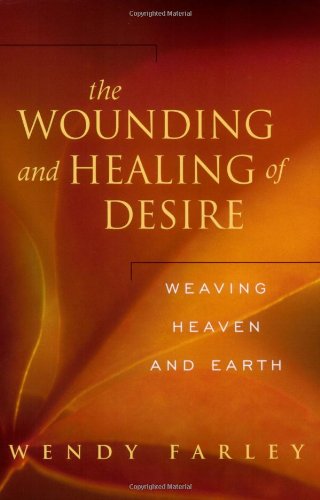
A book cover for The Wounding and Healing of Desire: Weaving Heaven and Earth; Wendy Farley; Crafts, Hobbies & Home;